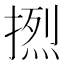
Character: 𰔔